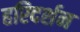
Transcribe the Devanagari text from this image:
हरिदर्शन